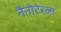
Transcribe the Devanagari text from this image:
नैनोटेस्ला